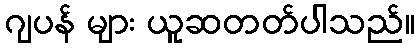
ဂျပန် များ ယူဆတတ်ပါသည်။